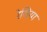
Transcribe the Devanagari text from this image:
रेखिया